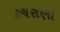
કચરાણા